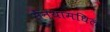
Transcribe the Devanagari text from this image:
सैन्यामधिल